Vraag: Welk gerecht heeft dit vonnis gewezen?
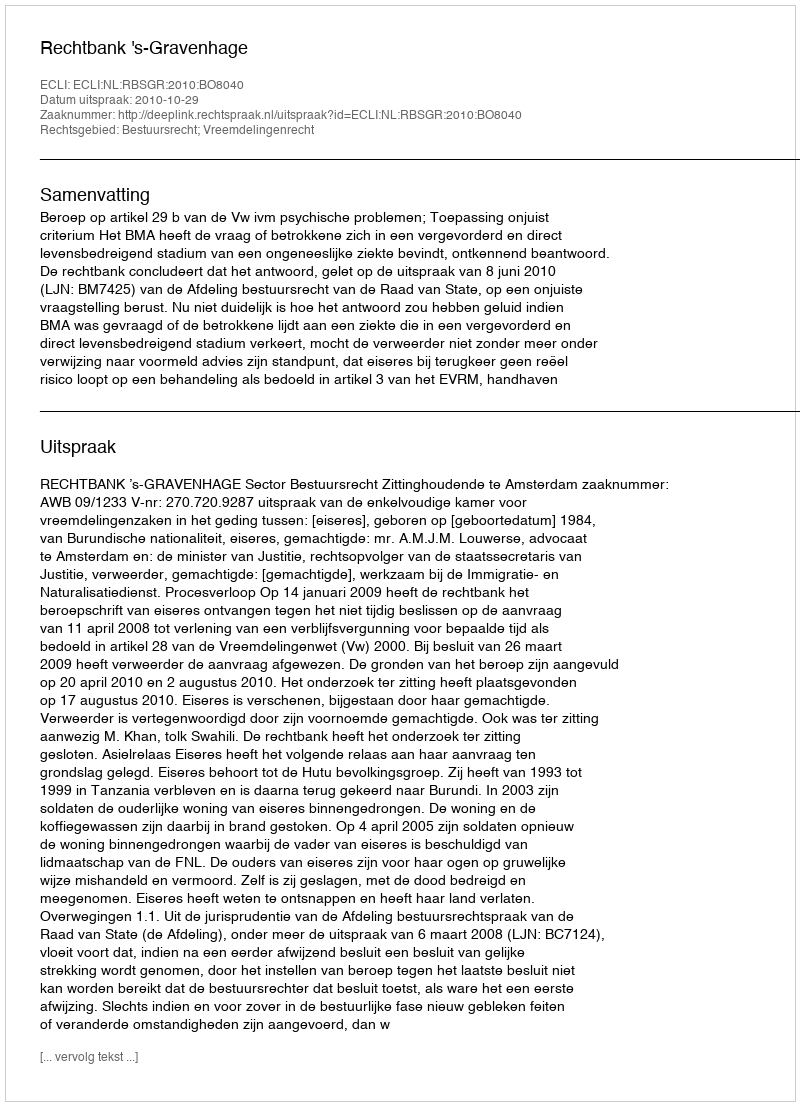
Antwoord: Rechtbank 's-Gravenhage